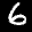
Label: 6